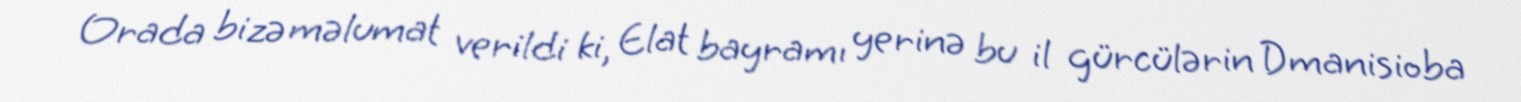
Orada bizə məlumat verildi ki, Elat bayramı yerinə bu il gürcülərin Dmanisioba